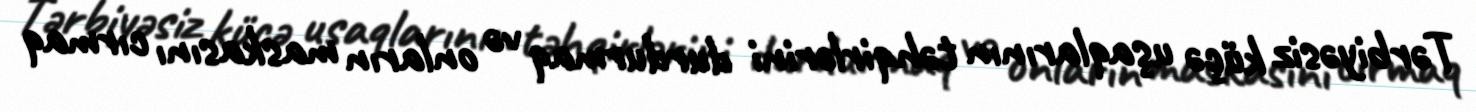
Tərbiyəsiz küçə uşaqlarının təhqirlərini durdurmaq və onların maskasını cırmaq